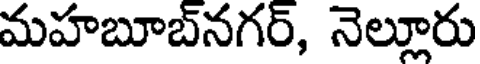
మహబూబ్నగర్, నెల్లూరు